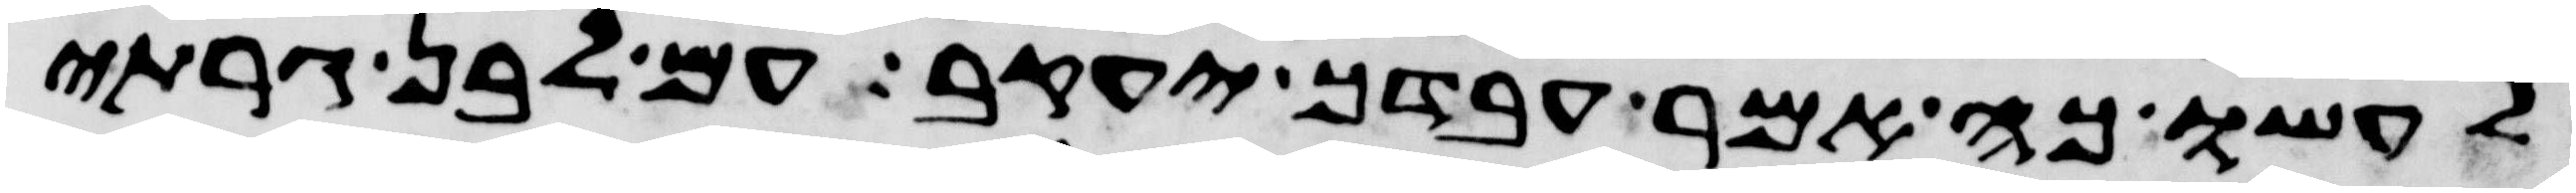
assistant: לעשו כה אמר עבדך יעקב עם לבן גרתי